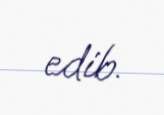
edib.